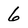
Character: 6